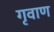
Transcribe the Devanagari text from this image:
गृवाण